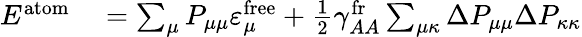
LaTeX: \begin{array}{rl}{E^{\mathrm{atom}}}&{{}=\sum_{\mu}P_{\mu\mu}\varepsilon_{\mu}^{\mathrm{free}}+\frac{1}{2}\gamma_{AA}^{\mathrm{fr}}\sum_{\mu\kappa}\Delta P_{\mu\mu}\Delta P_{\kappa\kappa}}\end{array}